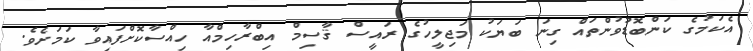
އެކަމުގެ ކަންބޮޑުވުންތައް ގިނަ ބަޔަކު މަޖިލީހުގެ ރައީސް ޤާސިމް އިބްރާހިމްއާ ހިއްސާކޮށްފައިވާ ކަމަށެވެ.